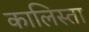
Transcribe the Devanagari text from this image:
कालिस्ता